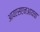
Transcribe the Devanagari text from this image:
आयएसएनआयचा